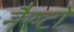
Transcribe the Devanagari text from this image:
नैरुटो